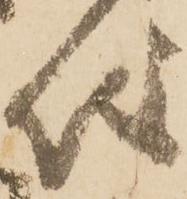
儀